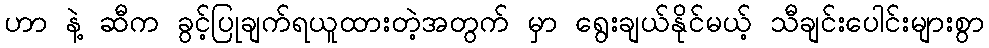
ဟာ နဲ့ ဆီက ခွင့်ပြုချက်ရယူထားတဲ့အတွက် မှာ ရွေးချယ်နိုင်မယ့် သီချင်းပေါင်းများစွာ